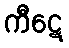
ကီဋေ